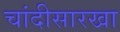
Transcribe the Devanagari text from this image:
चांदीसारखा